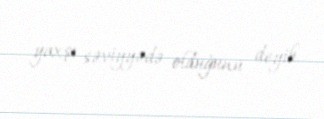
yaxşı səviyyədə olduğunu deyib.